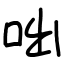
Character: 咄